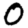
Digit: 0